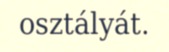
osztályát.